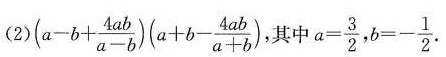
(2)$$( a - b + \frac { 4 a b } { a - b } ) ( a + b - \frac { 4 a b } { a + b } )$$, 其中 $$a = \frac { 3 } { 2 }$$， $$b = - \frac { 1 } { 2 }$$.